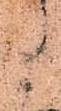
候